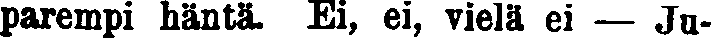
parempi häntä. Ei, ei, vielä ei — Ju-